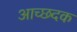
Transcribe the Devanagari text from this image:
आच्छदक